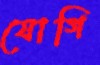
যোগি